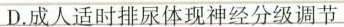
D.成人适时排尿体现神经分级调节